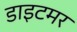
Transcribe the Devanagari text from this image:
डाइटमर